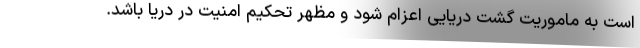
است به ماموریت گشت دریایی اعزام شود و مظهر تحکیم امنیت در دریا باشد.